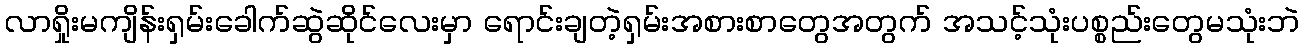
လာရှိုးမကျိန်းရှမ်းခေါက်ဆွဲဆိုင်လေးမှာ ရောင်းချတဲ့ရှမ်းအစားစာတွေအတွက် အသင့်သုံးပစ္စည်းတွေမသုံးဘဲ